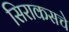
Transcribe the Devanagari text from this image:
सिराकसचे